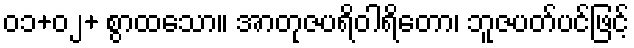
၀၁+၀၂+ စွာထသော။ အာတုဇပရိဝါရိတော၊ ဘူဇပတ်ပင်ဖြင့်